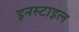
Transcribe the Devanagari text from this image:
इनस्टाइल